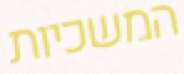
המשכיות